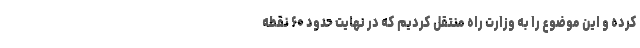
کرده و این موضوع را به وزارت راه منتقل کردیم که در نهایت حدود ۶۰ نقطه